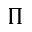
\Pi